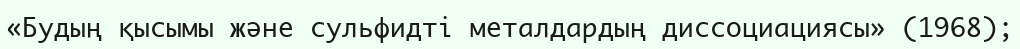
«Будың қысымы және сульфидті металдардың диссоциациясы» (1968);